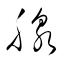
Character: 腺